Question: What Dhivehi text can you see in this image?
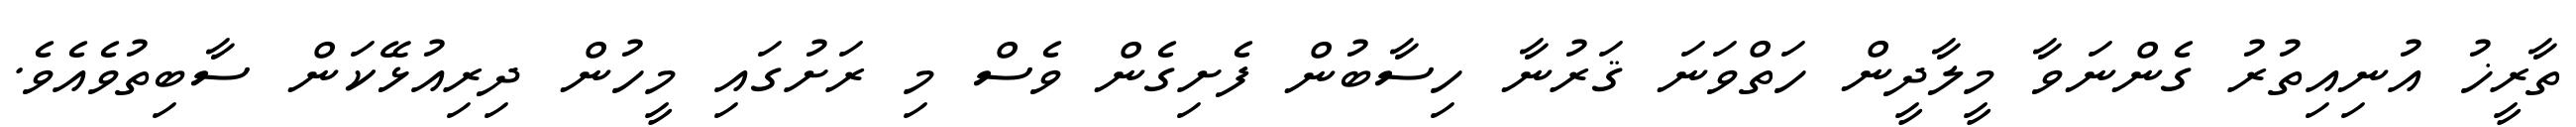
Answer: ތާރީޚު އުނިއިތުރު ގެންނަވާ މީލާދީން ހަތްވަނަ ޤަރުނާ ހިސާބުން ފެށިގެން ވެސް މި ރަށުގައި މީހުން ދިރިއުޅޭކަން ސާބިތުވެއެވެ.